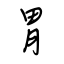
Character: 胃